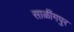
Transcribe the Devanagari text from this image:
साळींगपुर